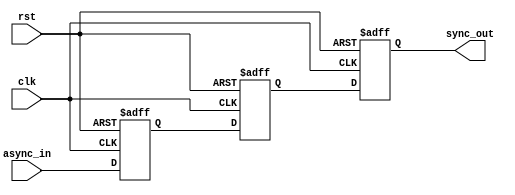
module two_flop_synchronizer (
    input           clk,
    input           rst,
    input           async_in,
    output reg      sync_out
);

reg flop1;
reg flop2;

// First flop captures incoming signal
always @(posedge clk or negedge rst) begin
    if (!rst) begin
        flop1 <= 1'b0;
    end else begin
        flop1 <= async_in;
    end
end

// Second flop samples output of first flop on rising edge of clock
always @(posedge clk or negedge rst) begin
    if (!rst) begin
        flop2 <= 1'b0;
    end else begin
        flop2 <= flop1;
    end
end

// Synchronized output
always @(posedge clk or negedge rst) begin
    if (!rst) begin
        sync_out <= 1'b0;
    end else begin
        sync_out <= flop2;
    end
end

endmodule